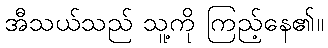
အီသယ်သည် သူ့ကို ကြည့်နေ၏။